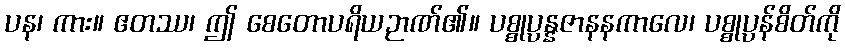
ပန၊ ကား။ ဧတဿ၊ ဤ စေတောပရိယဉာဏ်၏။ ပစ္စုပ္ပန္နဇာနနကာလေ၊ ပစ္စုပ္ပန်စိတ်ကို